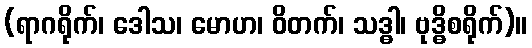
(ရာဂရိုက်၊ ဒေါသ၊ မောဟ၊ ဝိတက်၊ သဒ္ဓါ၊ ဗုဒ္ဓိစရိုက်)။